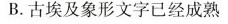
B.古埃及象形文字已经成熟